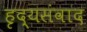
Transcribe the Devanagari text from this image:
हृद्यसंवाद